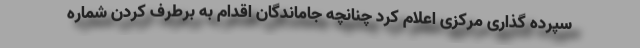
سپرده گذاری مرکزی اعلام کرد چنانچه جاماندگان اقدام به برطرف کردن شماره